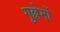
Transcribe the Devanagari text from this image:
गुल्लेर्मो